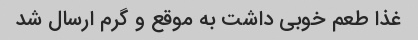
غذا طعم خوبی داشت به موقع و گرم ارسال شد